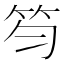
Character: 笉